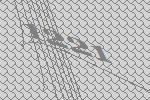
1221